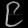
Digit: ၉